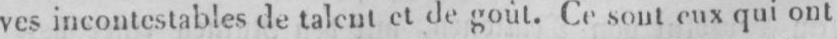
ves incontestables de talent et de goût. Ce sont eux qui ont